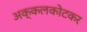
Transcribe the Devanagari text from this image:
अक्कलकोटकर